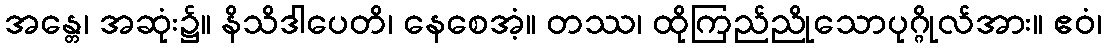
အန္တေ၊ အဆုံး၌။ နိသိဒါပေတိ၊ နေစေအံ့။ တဿ၊ ထိုကြည်ညိုသောပုဂ္ဂိုလ်အား။ ဧဝံ၊